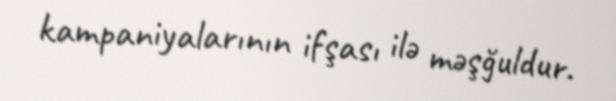
kampaniyalarının ifşası ilə məşğuldur.